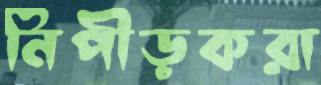
নিপীড়করা